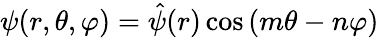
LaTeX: \psi(r,\theta,\varphi)=\hat{\psi}(r)\cos{(m\theta-n\varphi)}